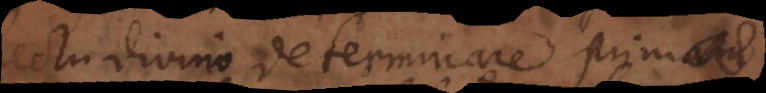
intellectu divino determinare primam